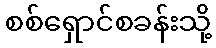
စစ်ရှောင်စခန်းသို့